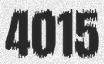
4015